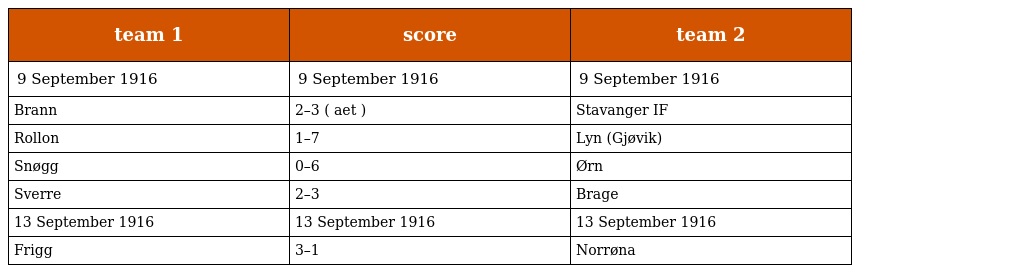
| team 1 | score | team 2 |
 | --- | --- | --- |
 | 9 September 1916 | 9 September 1916 | 9 September 1916 |
 | Brann | 2–3 ( aet ) | Stavanger IF |
 | Rollon | 1–7 | Lyn (Gjøvik) |
 | Snøgg | 0–6 | Ørn |
 | Sverre | 2–3 | Brage |
 | 13 September 1916 | 13 September 1916 | 13 September 1916 |
 | Frigg | 3–1 | Norrøna |